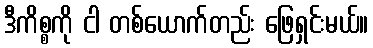
ဒီကိစ္စကို ငါ တစ်ယောက်တည်း ဖြေရှင်းမယ်။